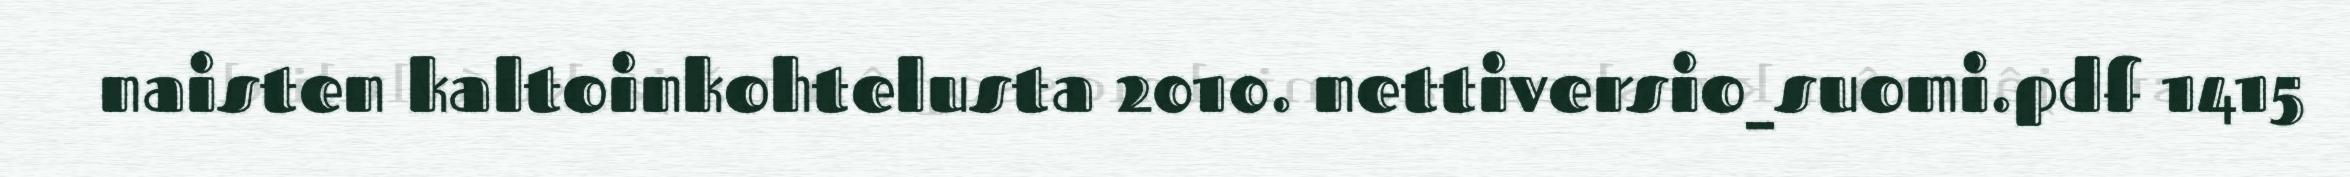
naisten kaltoinkohtelusta 2010. nettiversio_suomi.pdf 1415